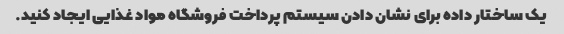
یک ساختار داده برای نشان دادن سیستم پرداخت فروشگاه مواد غذایی ایجاد کنید.